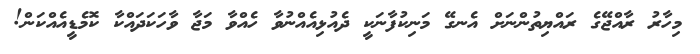
މިހާރު ރާއްޖޭގެ ރައްޔިތުންނަށް އެނގޭ މަނިކުފާނަކީ ދެއުޅިއެއްނުވާ ހެއްވާ މަޖާ ވާހަކަދައްކާ ކޮމެޑީއެއްކަން!